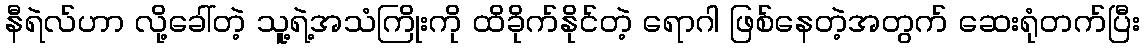
နီရဲလ်ဟာ လို့ခေါ်တဲ့ သူ့ရဲ့အသံကြိုးကို ထိခိုက်နိုင်တဲ့ ရောဂါ ဖြစ်နေတဲ့အတွက် ဆေးရုံတက်ပြီး